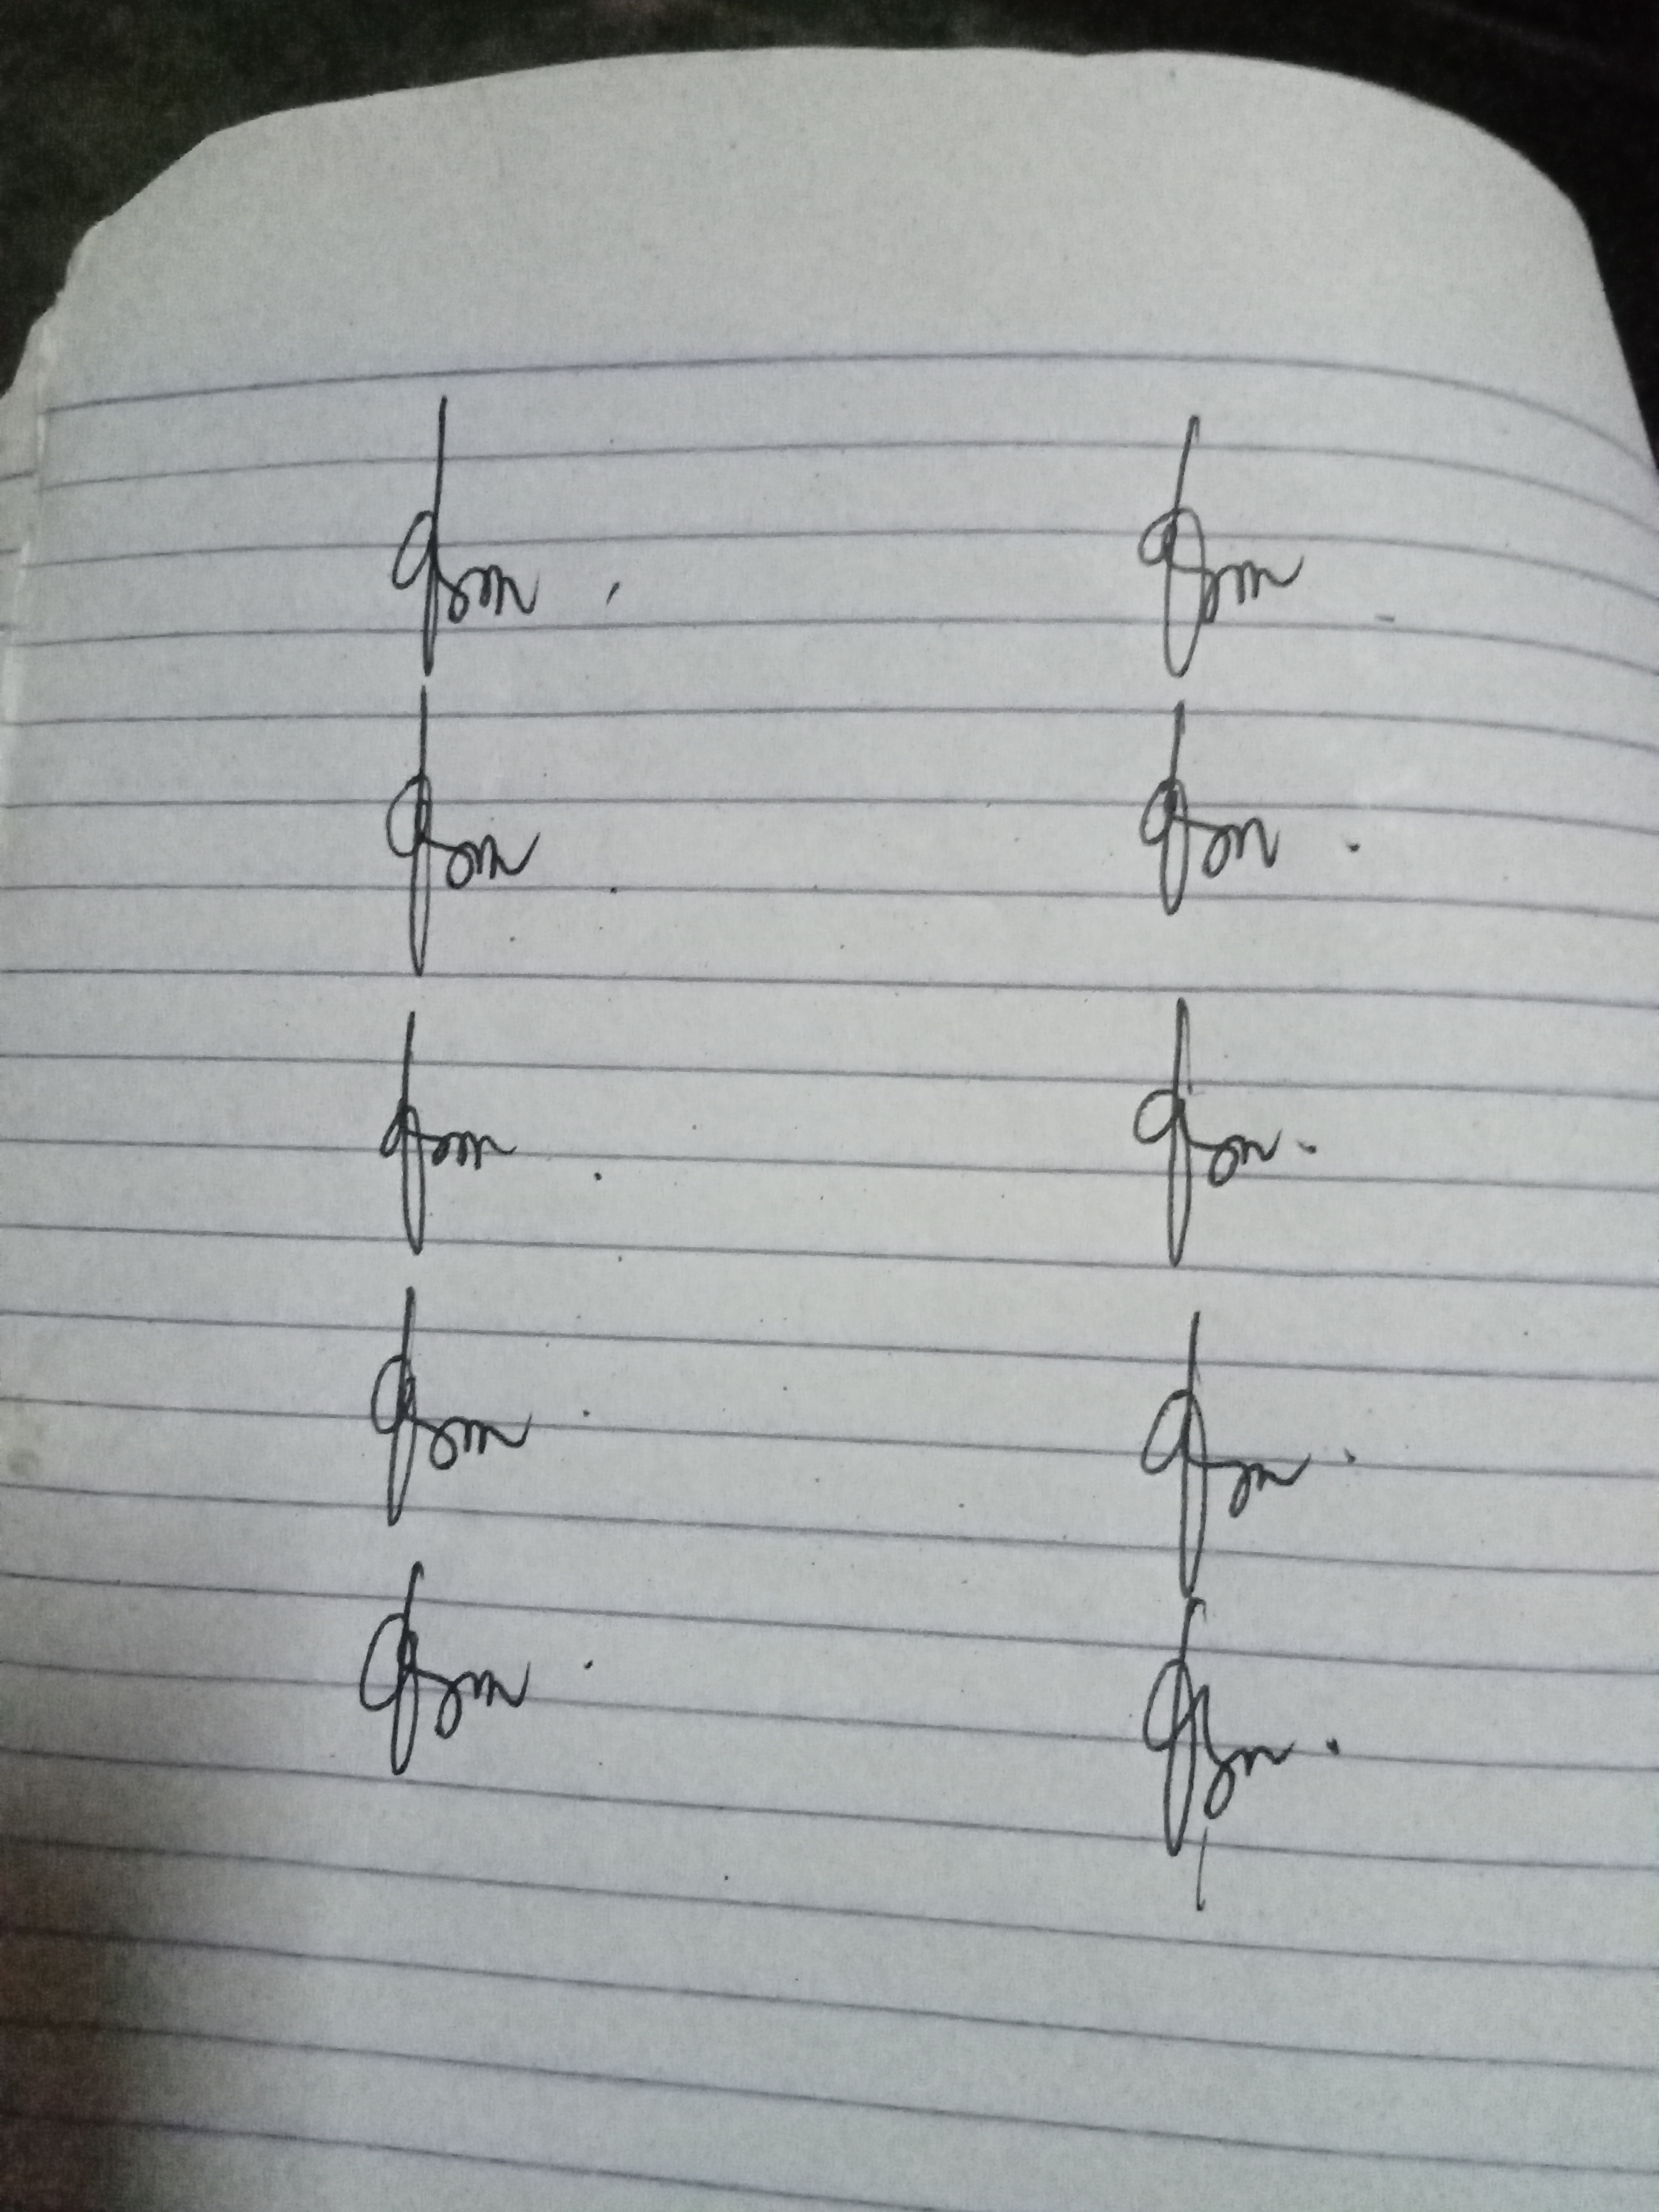
Signature authenticity: genuine